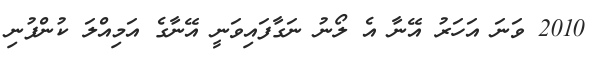
2010 ވަނަ އަހަރު އޭނާ އެ ލޯނު ނަގާފައިވަނީ އޭނާގެ އަމިއްލަ ކުންފުނި